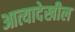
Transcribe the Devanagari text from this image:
आत्यादेखील